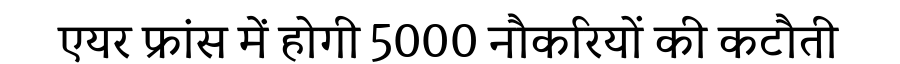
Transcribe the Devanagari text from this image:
एयर फ्रांस में होगी 5000 नौकरियों की कटौती